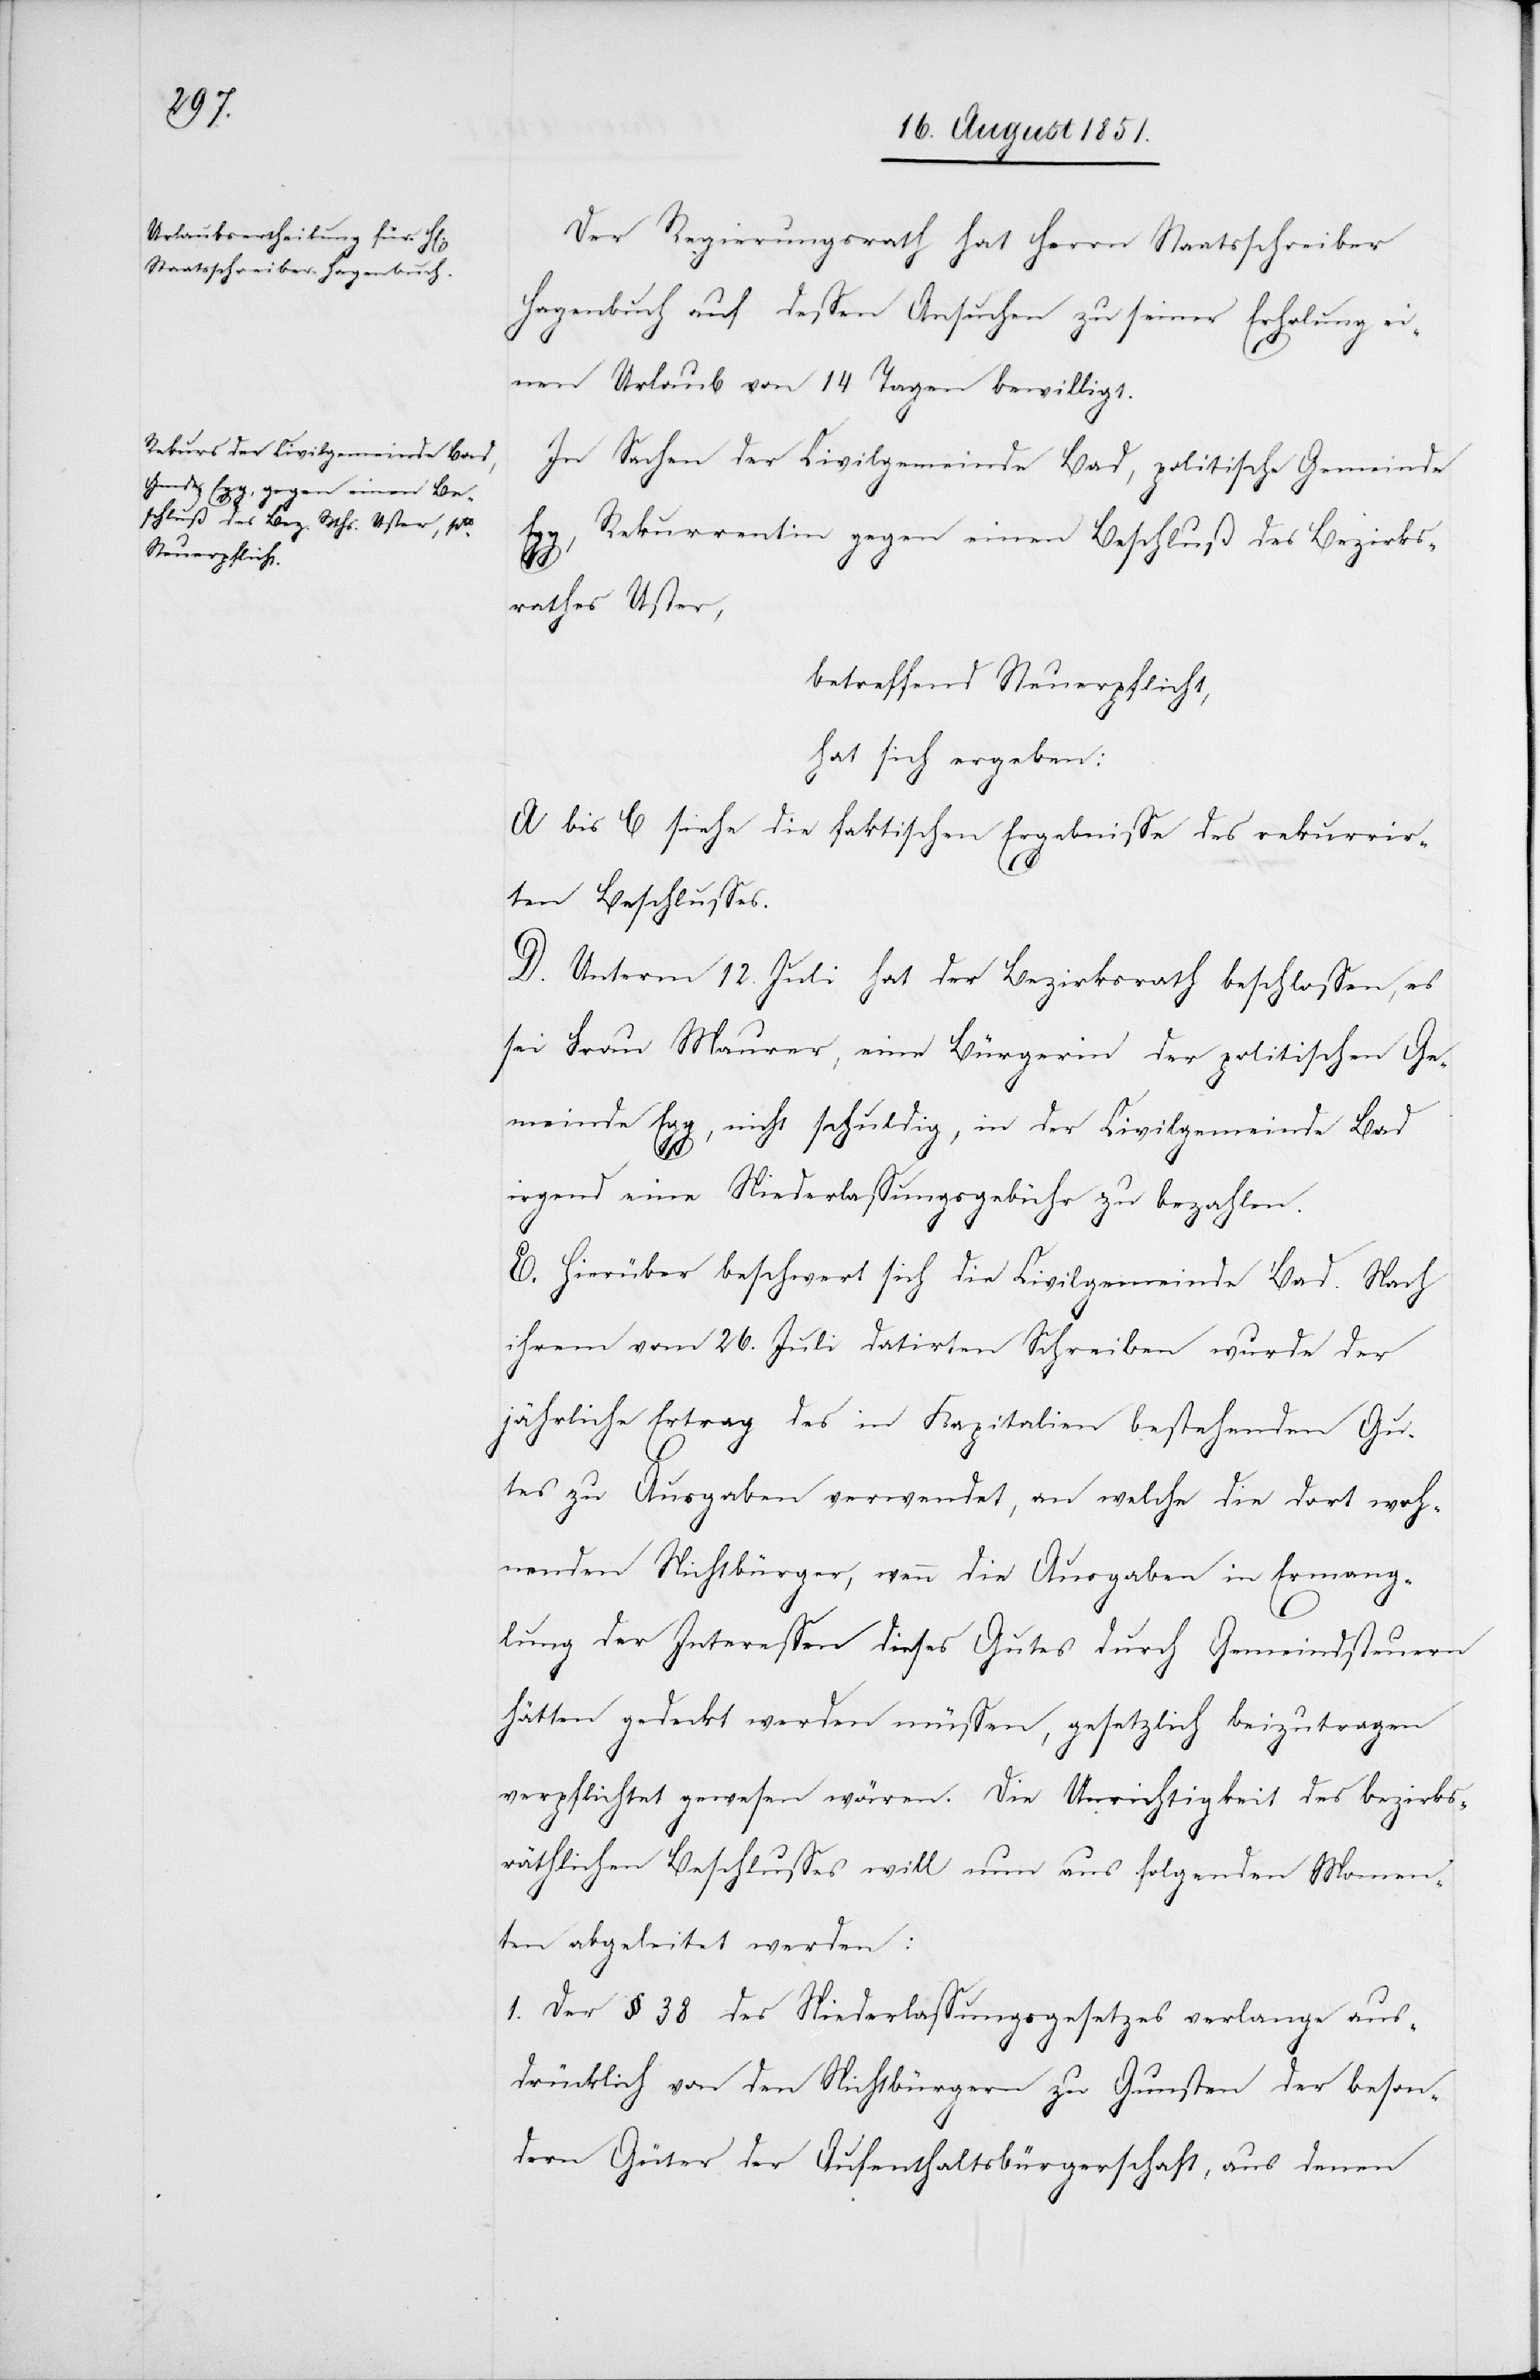
Der Regierungsrath hat Herrn Staatsschreiber
Hagenbuch auf dessen Ansuchen zu seiner Erholung ei¬
nen Urlaub von 14 Tagen bewilligt.
In Sachen der Civilgemeinde Bad, politische Gemeinde
Rekurrentin gegen einen Beschluß des Bezirks¬
rathes Uster,
betreffend Steuerpflicht,
hat sich ergeben:
A bis C siehe die faktischen Ergebnisse des rekurrir¬
ten Beschlusses.
D. Unterm 12. Juli hat der Bezirksrath beschlossen, es
sei Frau Maurer, eine Bürgerin der politischen Ge¬
meinde Egg, nicht schuldig, in der Civilgemeinde Bad
irgend eine Niederlassungsgebühr zu bezahlen.
E. Hierüber beschwert sich die Civilgemeinde Bad. Nach
ihrem vom 26. Juli datirten Schreiben wurde der
jährliche Ertrag des in Kapitalien bestehenden Gu¬
tes zu Ausgaben verwendet, an welche die dort woh¬
nenden Nichtbürger, wenn die Ausgaben in Ermang¬
lung der Interessen dieses Gutes durch Gemeindsteuern
hätten gedeckt werden müssen, gesetzlich beizutragen
verpflichtet gewesen wären. Die Unrichtigkeit des bezirks¬
räthlichen Beschlusses will nun aus folgenden Momen¬
ten abgeleitet werden:
1. Der § 38 des Niederlassungsgesetzes verlange aus¬
drücklich von den Nichtbürgern zu Gunsten der beson¬
dern Güter der Aufenthaltsbürgerschaft, aus denen